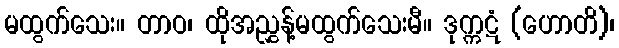
မထွက်သေး။ တာဝ၊ ထိုအညွှန့်မထွက်သေးမီ။ ဒုက္ကဋံ (ဟောတိ)၊